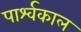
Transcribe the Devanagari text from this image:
पार्श्वकाल